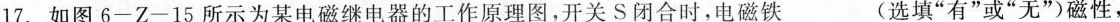
17.如图6-Z-15所示为某电磁继电器的工作原理图，开关S闭合时，电磁铁___(选填”有”或”无”)磁性，